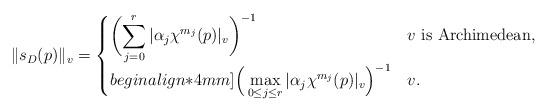
LaTeX: \begin{align*} \|s_{D}(p)\|_{v}=\begin{cases}{\bigg({\displaystyle \sum_{j=0}^{r}|\alpha_{j} \chi^{m_{j}}(p)|_{v}}\bigg)^{-1}} & v \text{ is Archimedean}, \\begin{align*}4mm]\Big(\displaystyle \max_{0\le j\le r}|\alpha_{j} \chi^{m_{j}}(p)|_{v}\Big)^{-1} & v .\end{cases}\end{align*}